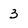
Character: 3